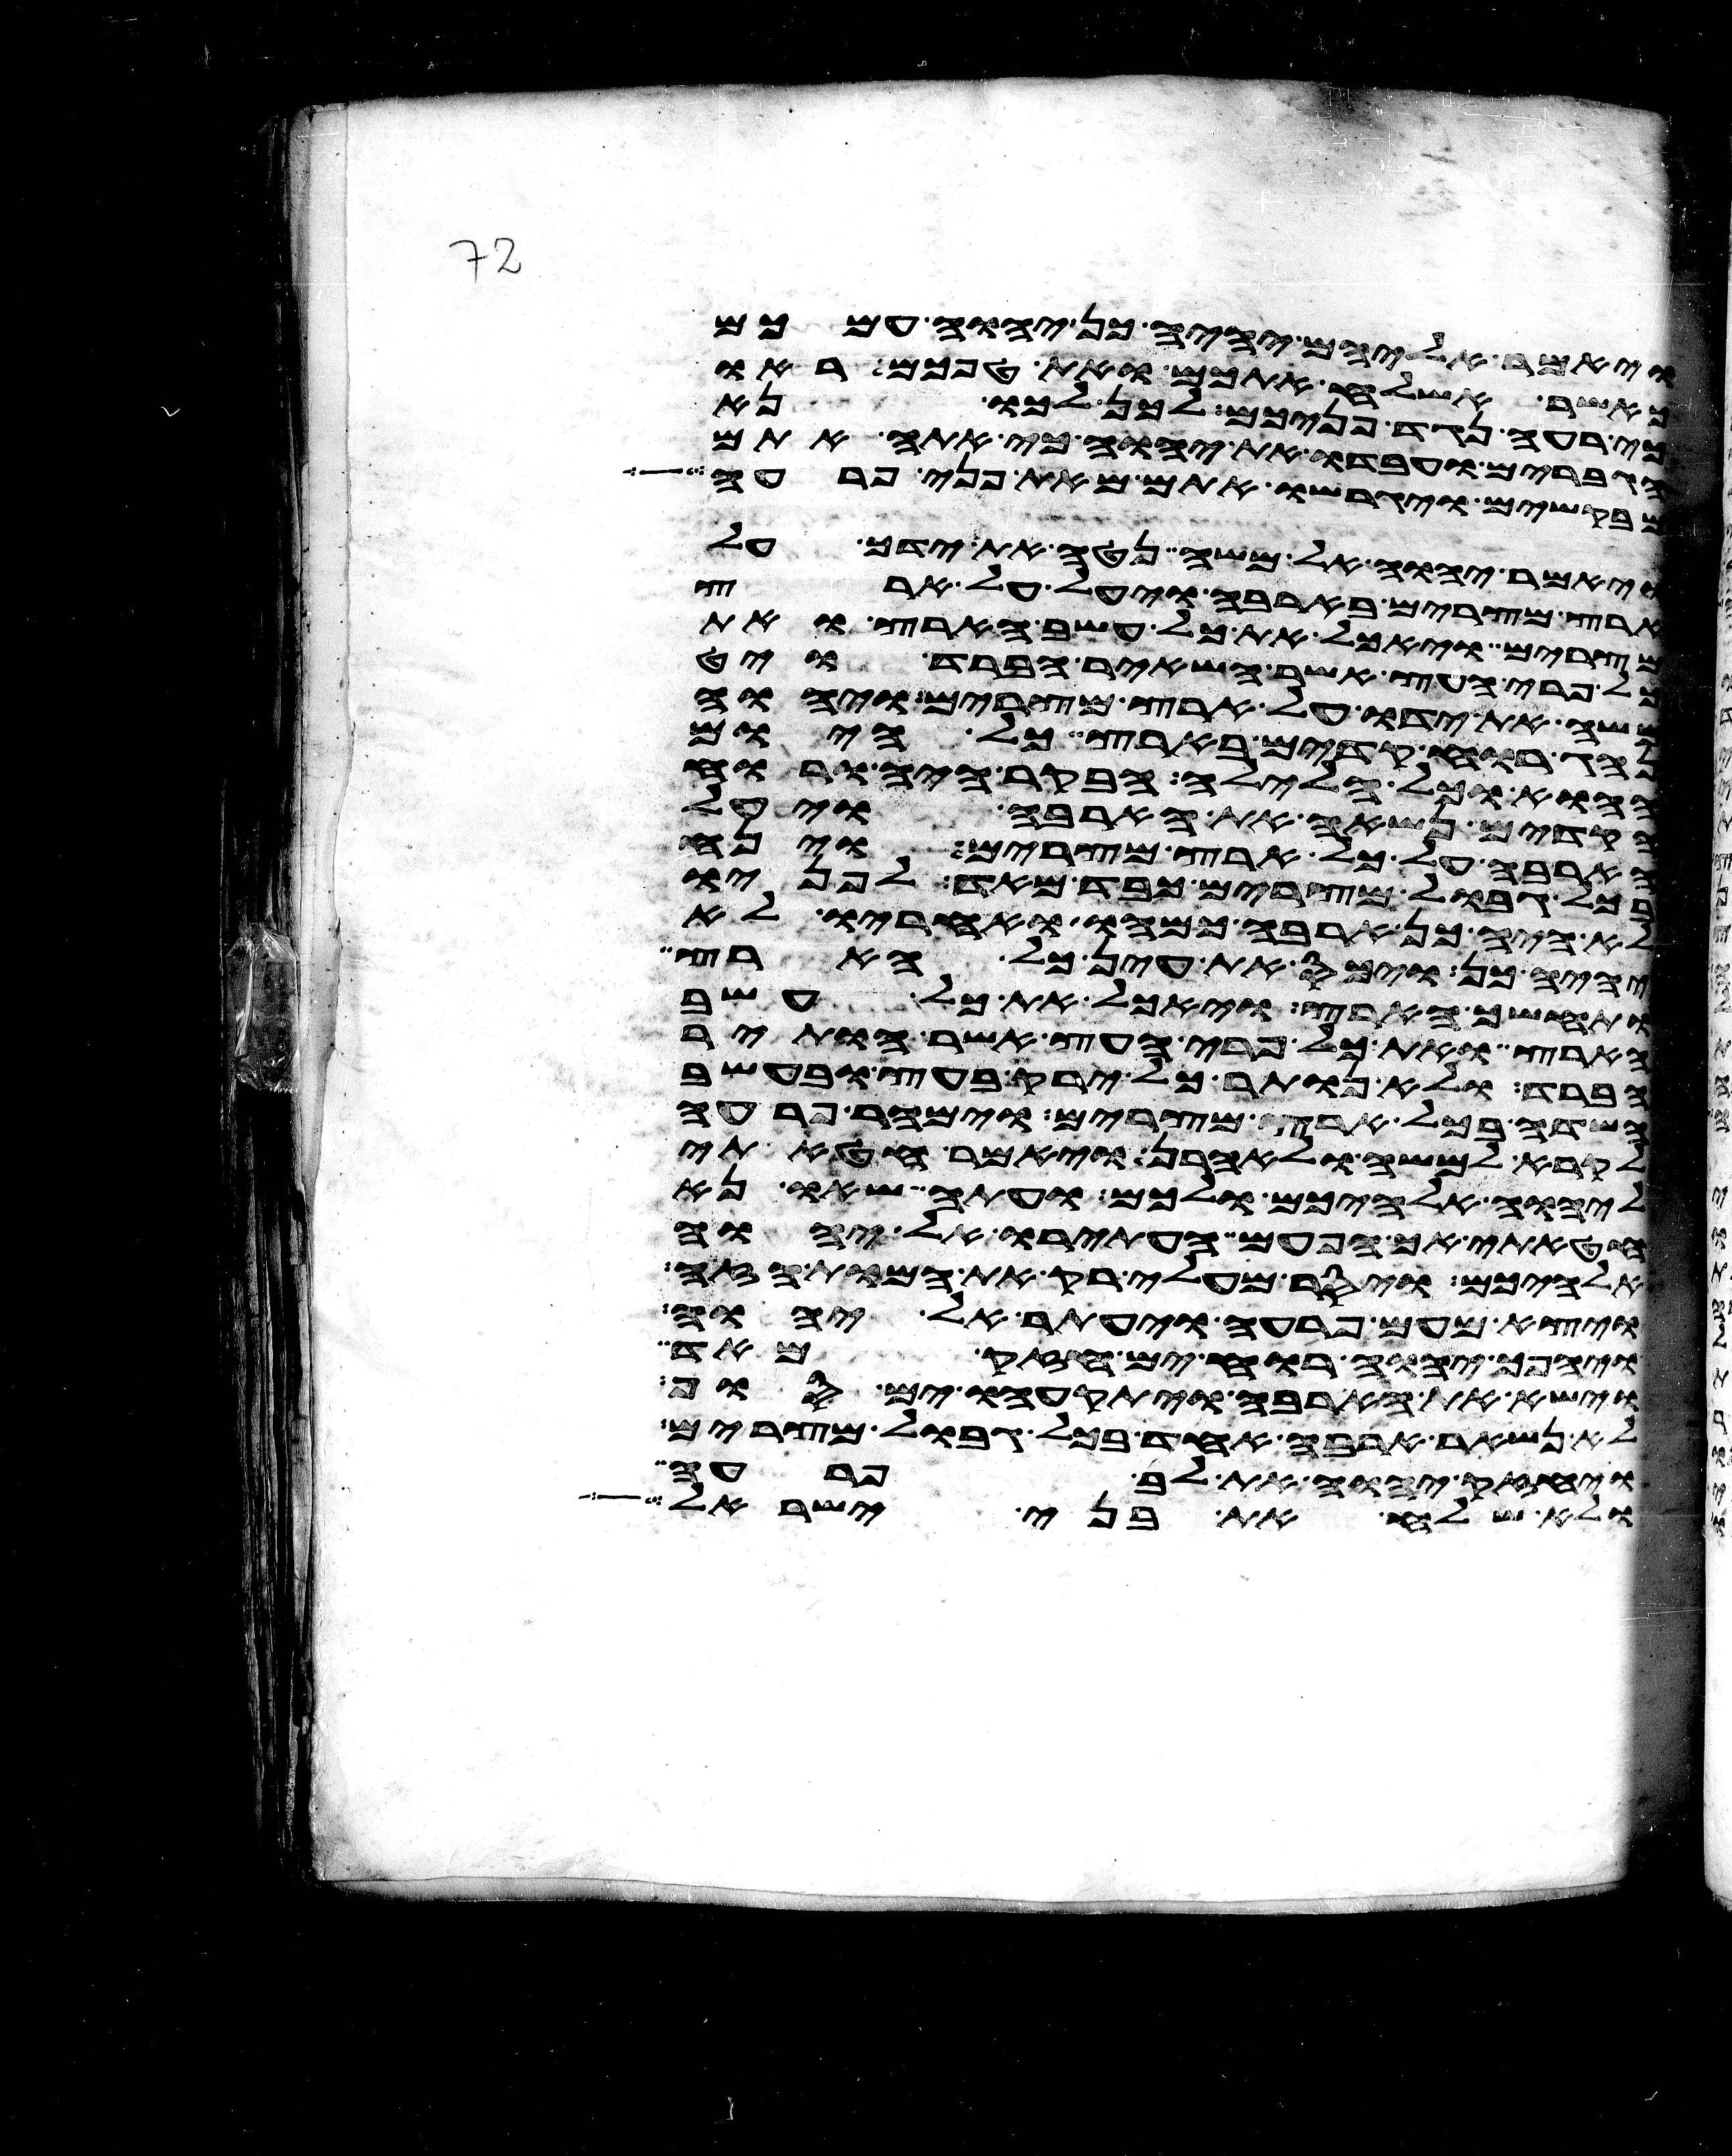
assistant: ויאמר אליהם יהיה כן יהוה עמכם
כאשר אשלח אתכם ואת טפכם ראו
כי רעה נגד פניכם לכן לכו נא
הגברים ועבדו את יהוה כי אתה אתם
מבקשים ויגרשו אתם מאת פני פרעה
ויאמר יהוה אל משה נטה את ידך על
ארץ מצרים בארבה ויעל על ארץ
מצרים ויאכל את כל עשב הארץ ואת
כל פרי העץ אשר השאיר הברד ויט
משה את ידו על ארץ מצרים ויהוה
נהג רוח קדים בארץ כל היום
ההוא וכל הלילה הבקר היה ורוח
הקדים נשא את הארבה ויעל
הארבה על כל ארץ מצרים וינח
בכל גבול מצרים כבד מאד לפניו
לא היה כן ארבה כמהו ואחריו לא
יהיה כן ויכס את עין כל הארץ
ותחשך הארץ ויאכל את כל עשב
הארץ ואת כל פרי העץ אשר הותיר
הברד ולא נותר כל ירק בעץ ובעשב
השדה בכל ארץ מצרים וימהר פרעה
לקרא למשה ולאהרן ויאמר חטאתי
ליהוה אלהיכם ולכם ועתה שאו נא
חטאתי אך הפעם העתירו אל יהוה
אלהיכם ויסר מעלי רק את המות הזה
ויצא מעם פרעה ויעתר אל יהוה
ויהפך יהוה רוח ים חזק מאד
וישא את הארבה ויתקעהו ים סוף
לא נשאר ארבה אחד בכל גבול מצרים
ויחזק יהוה את לב פרעה
ולא שלח את בני ישראל